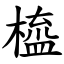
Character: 橀